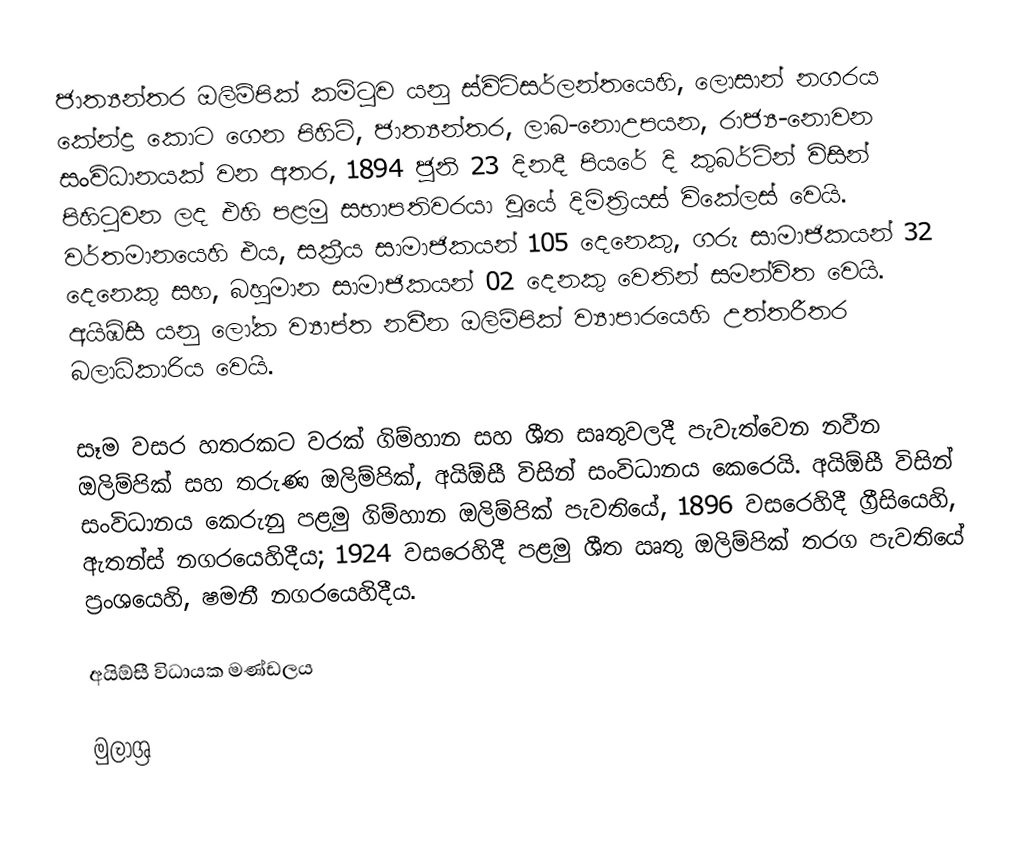
ජාත්‍යන්තර ඔලිම්පික් කමිටුව යනු ස්විට්සර්ලන්තයෙහි, ලොසාන් නගරය කේන්ද්‍ර කොට ගෙන පිහිටි, ජාත්‍යන්තර, ලාබ-නොඋපයන,  රාජ්‍ය-නොවන සංවිධානයක් වන අතර, 1894 ජූනි 23 දිනදී  පියරේ දි කුබර්ටින් විසින් පිහිටුවන ලද එහි පළමු සභාපතිවරයා වූයේ  දිමිත්‍රියස් විකේලස් වෙයි. වර්තමානයෙහි එය,  සක්‍රීය සාමාජිකයන් 105 දෙනෙකු, ගරු සාමාජිකයන් 32 දෙනෙකු සහ, බහුමාන සාමාජිකයන් 02 දෙනකු වෙතින් සමන්විත වෙයි. අයිඹ්සී යනු ලෝක ව්‍යාප්ත නවීන ඔලිම්පික් ව්‍යාපාරයෙහි උත්තරීතර බලාධිකාරිය වෙයි.

සෑම වසර හතරකට වරක් ගිම්හාන සහ ශීත සෘතුවලදී පැවැත්වෙන නවීන ඔලිම්පික් සහ තරුණ ඔලිම්පික්, අයිඕසී විසින් සංවිධානය කෙරෙයි. අයිඕසී විසින් සංවිධානය කෙරුනු පළමු ගිම්හාන ඔලිම්පික් පැවතියේ,  1896 වසරෙහිදී ග්‍රීසියෙහි, ඇතන්ස් නගරයෙහිදීය; 1924 වසරෙහිදී පළමු ශීත ඍතු ඔලිම්පික් තරග පැවතියේ ප්‍රංශයෙහි, ෂමනී නගරයෙහිදීය.

අයිඕසී විධායක මණ්ඩලය

මුලාශ්‍ර